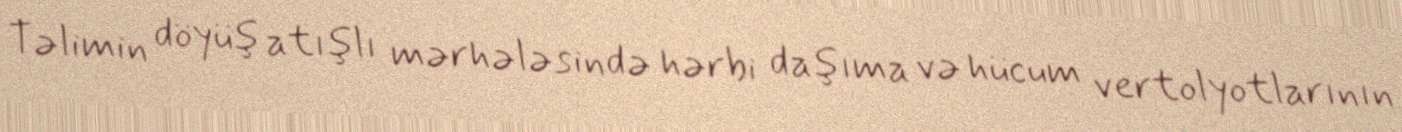
Təlimin döyüş atışlı mərhələsində hərbi daşıma və hücum vertolyotlarının